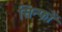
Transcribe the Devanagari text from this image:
सिन्फों